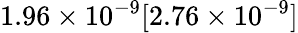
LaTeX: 1.96\times 10^{-9}[2.76\times 10^{-9}]